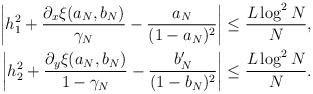
LaTeX: \begin{align*}\left|h_1^2+\frac{\partial_x\xi(a_N,b_N)}{\gamma_N}-\frac{a_N}{(1-a_N)^2}\right| \leq\frac{L\log^2 N}{N},\\\left|h_2^2+\frac{\partial_y\xi(a_N,b_N)}{1-\gamma_N}-\frac{b_N'}{(1-b_N)^2}\right| \leq\frac{L\log^2 N}{N}.\end{align*}